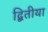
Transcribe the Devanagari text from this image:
द्बितीया